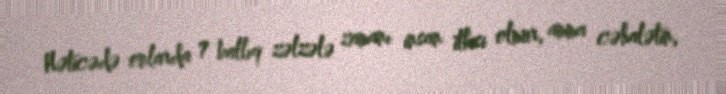
Nəticədə onlarda 7 ballıq zəlzələ zamanı insan itkisi olmur, amma cəhalətin,